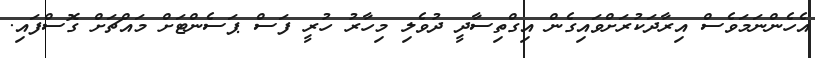
އެހެންނަމަވެސް އިރާދަކުރަށްވައިގެން އިގްތިސާދީ ދުވެލި މިހާރު ހުރީ ފަސް ޕަސެންޓަށް މައްޗަށް ގޮސްފައި.